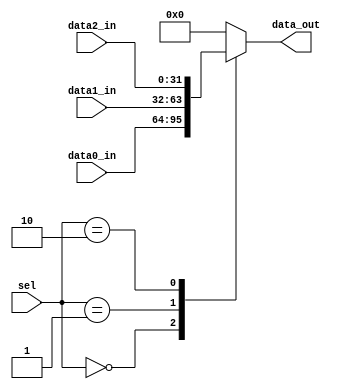
module mux3(
    input           [1:0]   sel         ,
    input           [31:0]  data0_in    ,
    input           [31:0]  data1_in    ,
    input           [31:0]  data2_in    ,

    output  reg     [31:0]  data_out    
);

always @(*)begin
    case(sel)
        2'b00 : data_out = data0_in;
        2'b01 : data_out = data1_in;
        2'b10 : data_out = data2_in;
        default : data_out = 32'd0;
    endcase
end

endmodule